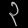
Digit: ၃